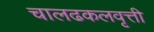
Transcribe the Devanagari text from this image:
चालढकलवृत्ती